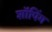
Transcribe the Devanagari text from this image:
शाॅपिंग